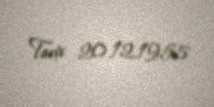
Tarix 20.12.1955